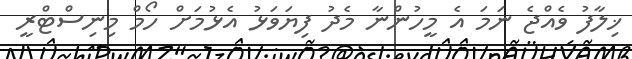
ޚިލާފު ވެއްޖެ ނަމަ އެ މީހުންނާ މެދު ފިޔަވަޅު އެޅުމަށް ހޯމް މިނިސްޓްރީ